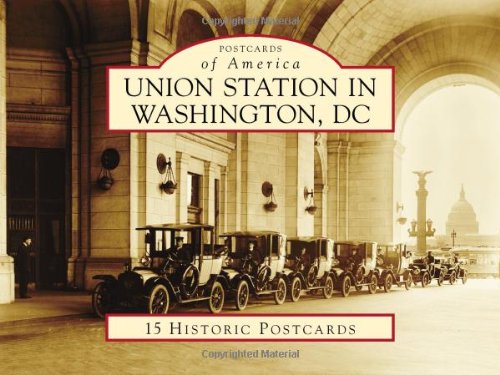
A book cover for Union Station in Washington, DC (Postcards of America); Rachel Cooper; Engineering & Transportation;